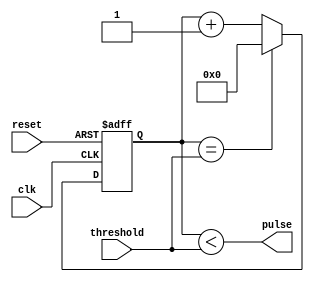
module DutyCyclePulseGenerator (
    input clk,
    input reset,
    input threshold,
    output reg pulse
);

reg [7:0] counter;

always @(posedge clk or posedge reset)
begin
    if (reset)
        counter <= 0;
    else if (counter == threshold)
        counter <= 0;
    else
        counter <= counter + 1;
end

assign pulse = (counter < threshold);

endmodule